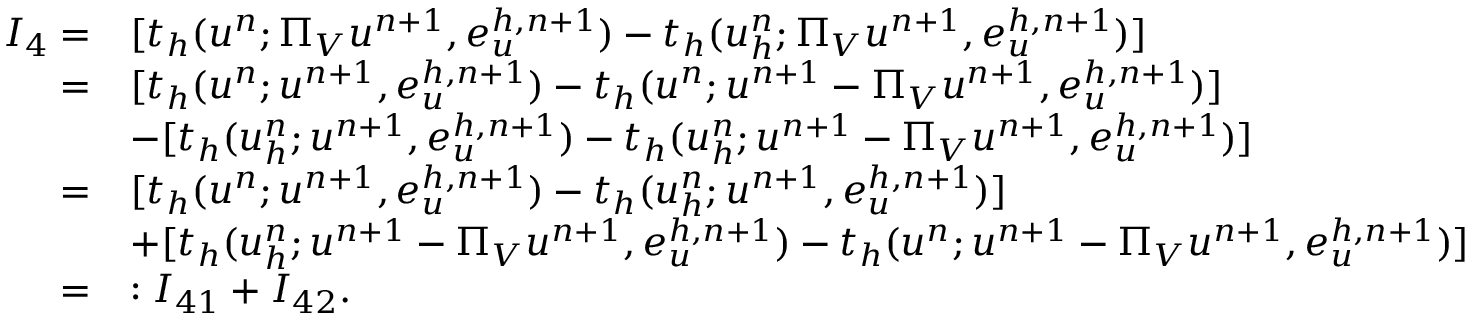
\begin{array} { r l } { I _ { 4 } = } & { [ t _ { h } ( u ^ { n } ; \boldsymbol { \Pi } _ { V } u ^ { n + 1 } , \boldsymbol { e } _ { u } ^ { h , n + 1 } ) - t _ { h } ( u _ { h } ^ { n } ; \boldsymbol { \Pi } _ { V } u ^ { n + 1 } , \boldsymbol { e } _ { u } ^ { h , n + 1 } ) ] } \\ { = } & { [ t _ { h } ( u ^ { n } ; \boldsymbol { u } ^ { n + 1 } , \boldsymbol { e } _ { u } ^ { h , n + 1 } ) - t _ { h } ( u ^ { n } ; \boldsymbol { u } ^ { n + 1 } - \boldsymbol { \Pi } _ { V } u ^ { n + 1 } , \boldsymbol { e } _ { u } ^ { h , n + 1 } ) ] } \\ & { - [ t _ { h } ( u _ { h } ^ { n } ; \boldsymbol { u } ^ { n + 1 } , \boldsymbol { e } _ { u } ^ { h , n + 1 } ) - t _ { h } ( u _ { h } ^ { n } ; \boldsymbol { u } ^ { n + 1 } - \boldsymbol { \Pi } _ { V } u ^ { n + 1 } , \boldsymbol { e } _ { u } ^ { h , n + 1 } ) ] } \\ { = } & { [ t _ { h } ( u ^ { n } ; \boldsymbol { u } ^ { n + 1 } , \boldsymbol { e } _ { u } ^ { h , n + 1 } ) - t _ { h } ( u _ { h } ^ { n } ; \boldsymbol { u } ^ { n + 1 } , \boldsymbol { e } _ { u } ^ { h , n + 1 } ) ] } \\ & { + [ t _ { h } ( u _ { h } ^ { n } ; \boldsymbol { u } ^ { n + 1 } - \boldsymbol { \Pi } _ { V } u ^ { n + 1 } , \boldsymbol { e } _ { u } ^ { h , n + 1 } ) - t _ { h } ( u ^ { n } ; \boldsymbol { u } ^ { n + 1 } - \boldsymbol { \Pi } _ { V } u ^ { n + 1 } , \boldsymbol { e } _ { u } ^ { h , n + 1 } ) ] } \\ { = } & { : I _ { 4 1 } + I _ { 4 2 } . } \end{array}